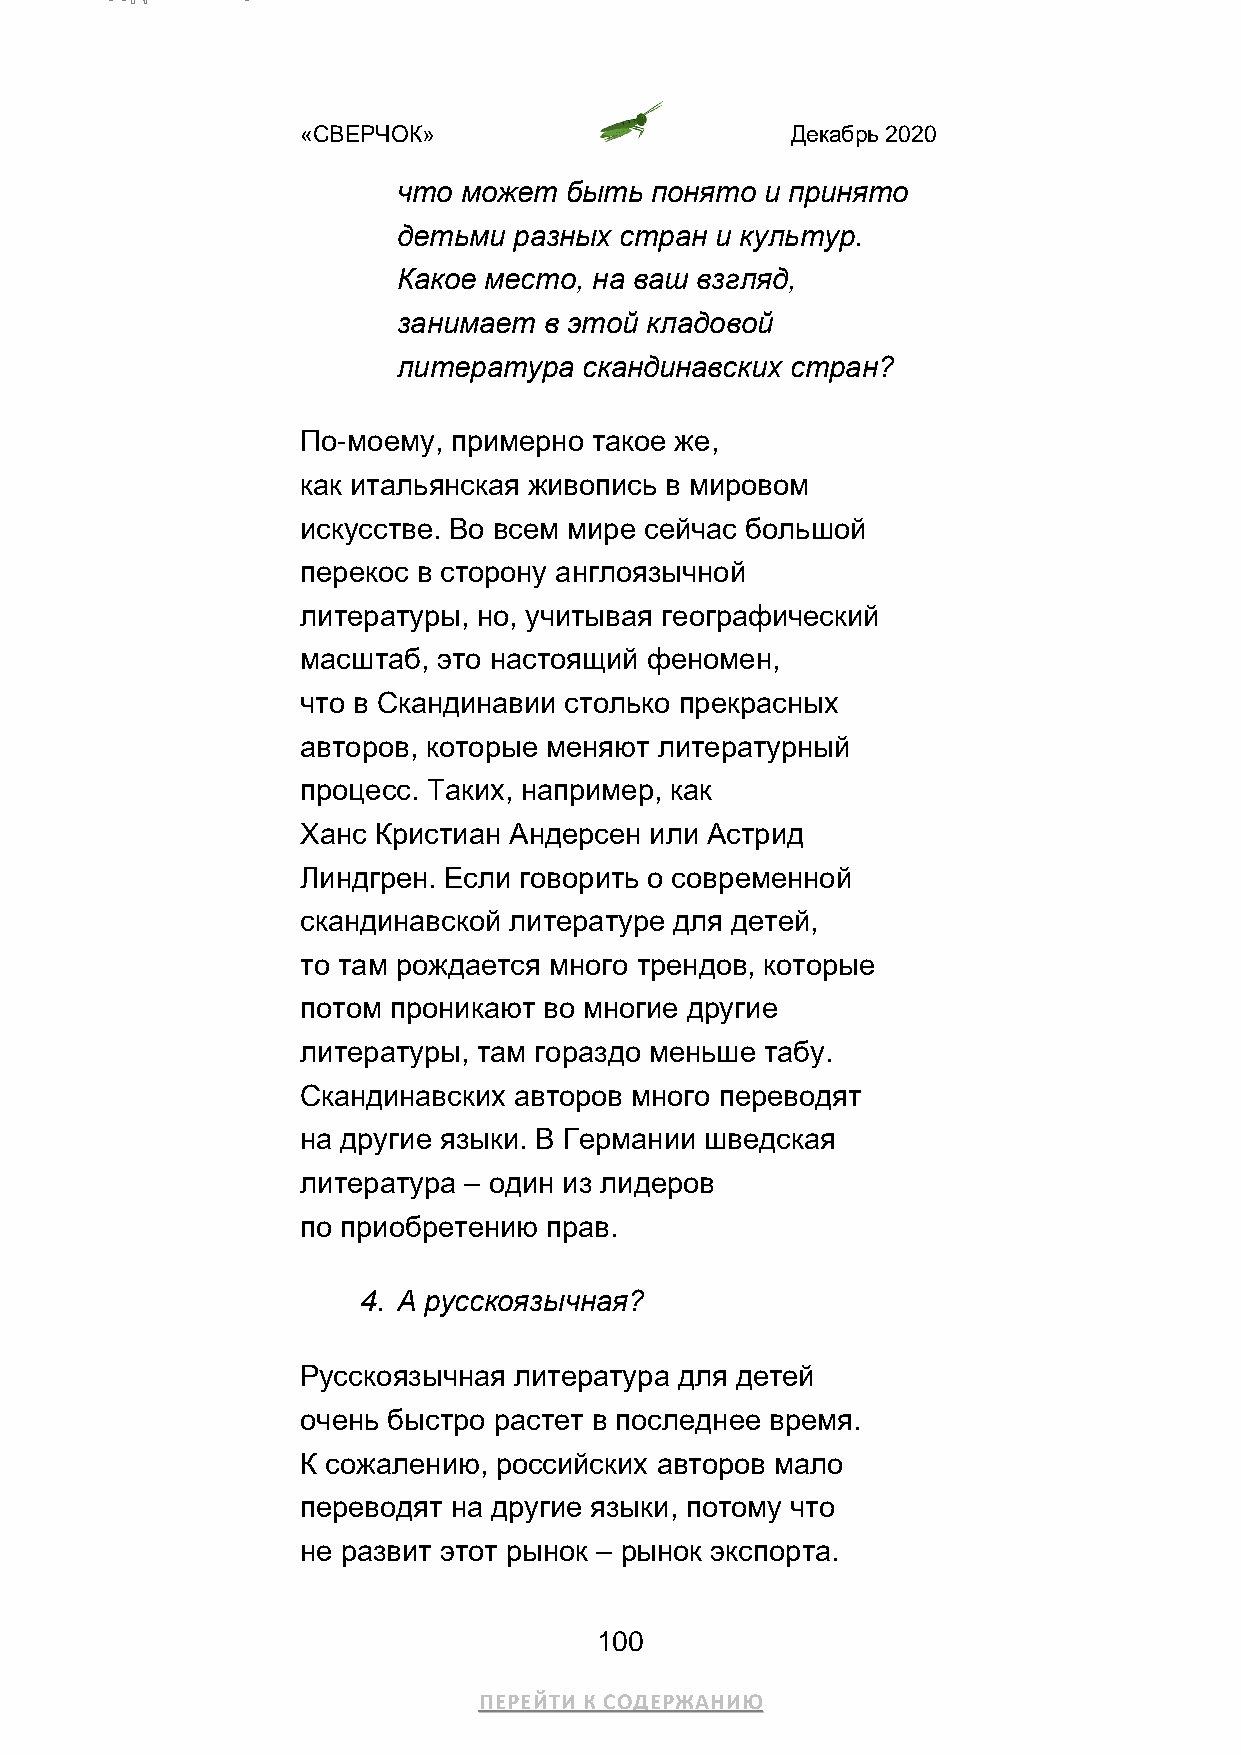
«СВЕРЧОК»                       Декабрь 2020
 что может  быть  понято  и принято
 детьми  разных стран и культур.
 Какое место, на ваш взгляд,
 занимает  в этой кладовой
 литература   скандинавских стран?
 По-моему, примерно такое же,
 как итальянская живопись в мировом
 искусстве. Во всем мире сейчас большой
 перекос в сторону англоязычной
 литературы, но, учитывая географический
 масштаб, это настоящий феномен,
 что в Скандинавии столько прекрасных
 авторов, которые меняют литературный
 процесс. Таких, например, как
 Ханс Кристиан Андерсен или Астрид
 Линдгрен. Если говорить о современной
 скандинавской литературе для детей,
 то там рождается много трендов, которые
 потом проникают во многие другие
 литературы, там гораздо меньше табу.
 Скандинавских авторов много переводят
 на другие языки. В Германии шведская
 литература – один из лидеров
 по приобретению прав.
 4. А русскоязычная?
 Русскоязычная литература для детей
 очень быстро растет в последнее время.
 К сожалению, российских авторов мало
 переводят на другие языки, потому что
 не развит этот рынок – рынок экспорта.
 100
 ПЕРЕЙТИ К СОДЕРЖАНИЮ